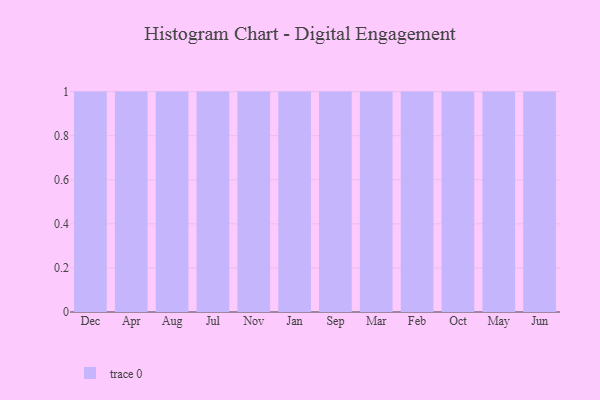
{"axis": {"x": "Month", "y": "Conversion Rate (%)"}, "legend": [""], "data": [{"x": "Dec", "y": 85, "type": ""}, {"x": "Apr", "y": 18, "type": ""}, {"x": "Aug", "y": 97, "type": ""}, {"x": "Jul", "y": 3, "type": ""}, {"x": "Nov", "y": 25, "type": ""}, {"x": "Jan", "y": 15, "type": ""}, {"x": "Sep", "y": 56, "type": ""}, {"x": "Mar", "y": 41, "type": ""}, {"x": "Feb", "y": 26, "type": ""}, {"x": "Oct", "y": 87, "type": ""}, {"x": "May", "y": 99, "type": ""}, {"x": "Jun", "y": 55, "type": ""}]}